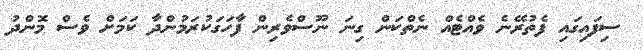
ސިފައިގައި ފެތުރޭނެ ވެއްޓެއް ނެތްކަން ގިނަ ނޫސްވެރިން ފާހަގަކުރަމުންދާ ކަމަށް ވެސް މޮންދު